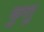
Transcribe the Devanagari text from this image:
कुशु